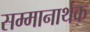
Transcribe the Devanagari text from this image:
सम्मानार्थक